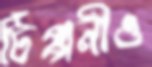
টিপ্পনীও